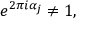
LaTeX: e ^ { 2 \pi i \alpha _ { j } } \neq 1 ,